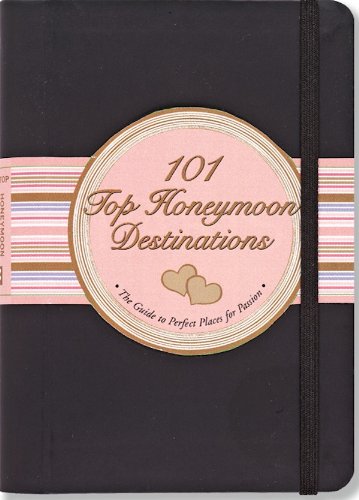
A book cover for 101 Top Honeymoon Destinations: The Guide to Perfect Places for Passion (Little Black Books); Elizabeth Arrighi Borsting; Crafts, Hobbies & Home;